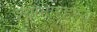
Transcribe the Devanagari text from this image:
श्यामारहस्य